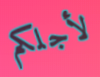
لأجلكم